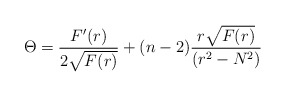
\begin{align*}\Theta =\frac{F^{\prime }(r)}{2\sqrt{F(r)}}+(n-2)\frac{r\sqrt{F(r)}}{(r^{2}-N^{2})} \end{align*}